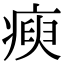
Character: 瘐